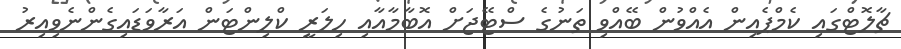
ޗާލޮޓްގައި ކެމްޕެއިން އެއްވުން ބޭއްވި ތަނުގެ ސްޓޭޖަށް އޮބާމާއާއި ހިލަރީ ކްލިންޓަން އަރާވަޑައިގެންނެވިއިރު